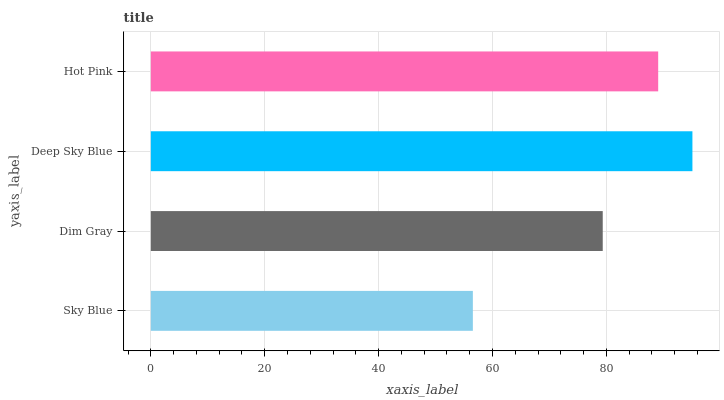
| yaxis_label | bars |
 | --- | --- |
 | Sky Blue | 56.6 |
 | Dim Gray | 79.4 |
 | Deep Sky Blue | 95.1 |
 | Hot Pink | 89.1 |